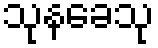
သုနခေသု